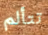
تتألم